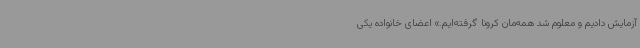
آزمایش دادیم و معلوم شد همه‌مان کرونا گرفته‌ایم.» اعضای خانواده یکی